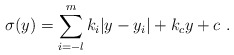
\begin{align*}\sigma (y) = \sum_{i=-l}^m k_i |y-y_i| + k_c y + c ~.~\,\end{align*}